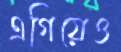
এগিয়েও